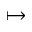
\mapsto